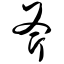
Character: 斧